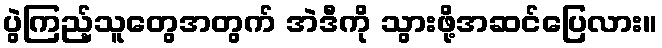
ပွဲကြည့်သူတွေအတွက် အဲဒီကို သွားဖို့အဆင်ပြေလား။